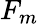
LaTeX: F_{m}